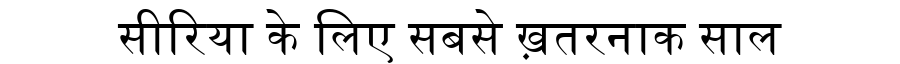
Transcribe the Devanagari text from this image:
सीरिया के लिए सबसे ख़तरनाक साल